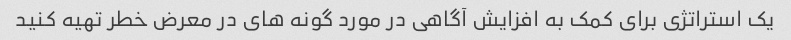
یک استراتژی برای کمک به افزایش آگاهی در مورد گونه های در معرض خطر تهیه کنید